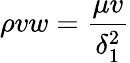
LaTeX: \rho vw={\frac{\mu v}{\delta_{1}^{2}}}